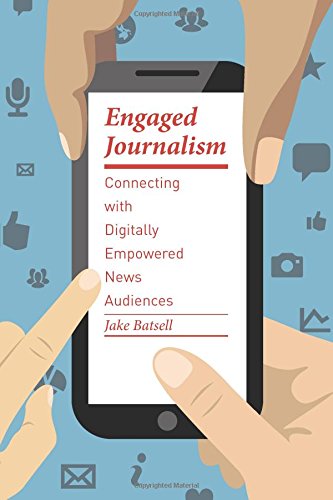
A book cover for Engaged Journalism: Connecting with Digitally Empowered News Audiences (Columbia Journalism Review Books); Jake Batsell; Business & Money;